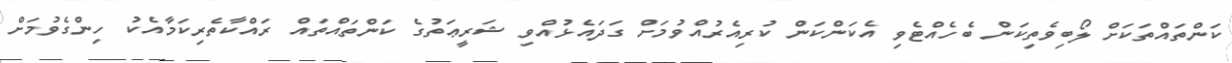
ކަންތައްތަކަށް ލޯބިވެތިކަން ބެހެއްޓެވި އެކަންކަން ކުރިއެރުއްވުމަށް ގަދައެޅުއްވި ޝަރީޢަތުގެ ކަންތައްތައް ރައްކާތެރިކަމާއެކު ހިންގެވުމަށް